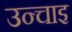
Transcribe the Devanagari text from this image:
उन्चाइ